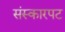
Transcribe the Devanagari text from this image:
संस्कारपट